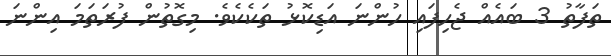
ތަފާތު 3 ބައެއް ޖެހިފައި ހުންނަ އަޑިކޮޅު ތަކެކެވެ. މިގޮތުން ފުރަތަމަ އިންނަ